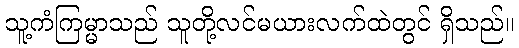
သူ့ကံကြမ္မာသည် သူတို့လင်မယားလက်ထဲတွင် ရှိသည်။